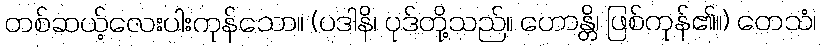
တစ်ဆယ့်လေးပါးကုန်သော။ (ပဒါနိ၊ ပုဒ်တို့သည်။ ဟောန္တိ၊ ဖြစ်ကုန်၏။) တေသံ၊